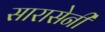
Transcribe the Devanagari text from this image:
सारासेनी